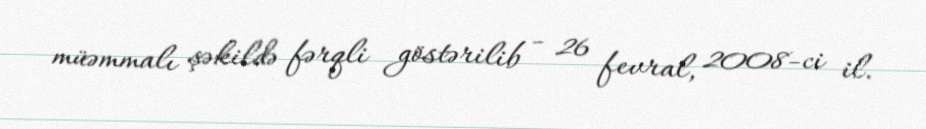
müəmmalı şəkildə fərqli göstərilib - 26 fevral, 2008-ci il.